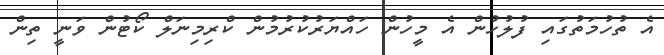
އެ ތުހުމަތުގައި ފުލުހުން އެ މީހުން ހައްޔަރުކުރުމުން ކްރިމިނަލް ކޯޓުން ވަނީ ތިން